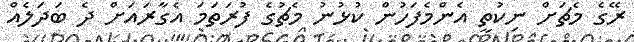
ރޭގެ މެޗަށް ނިކުތީ އެންމެފަހުން ކުޅުނު މެޗުގެ ފުރަތަމަ އެގާރައަށް ދެ ބަދަލެއް